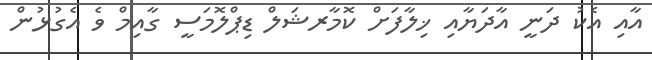
އާއި އެކު ދަނީ އާދަޔާއި ޚިލާފަށް ކޮމާރޝަލް ޑިޕްލޮމަސީ ގާއިމް ވެ އެގުޅުން